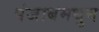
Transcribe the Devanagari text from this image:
पंजाबमधुन